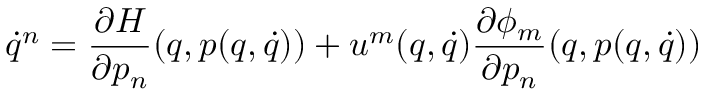
\dot { q } ^ { n } = \frac { \partial H } { \partial p _ { n } } ( q , p ( q , \dot { q } ) ) + u ^ { m } ( q , \dot { q } ) \frac { \partial \phi _ { m } } { \partial p _ { n } } ( q , p ( q , \dot { q } ) )